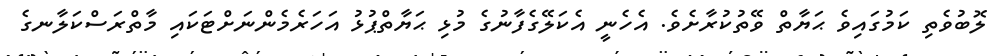
ލޮބުވެތި ކަމުގައިވެ ޙަޔާތް ވޭތުކުރާށެވެ. އެހެނީ އެކަލޭގެފާނުގެ މުޅި ޙަޔާތްޕުޅު އަހަރެމެންނަށްޓަކައި މާތްރަސްކަލާނގެ